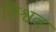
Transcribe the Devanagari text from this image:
विश्वव